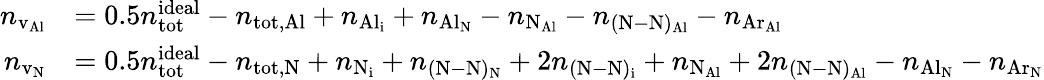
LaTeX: \begin{array}{rl}{n_{\mathrm{v_{Al}}}}&{=0.5n_{\mathrm{tot}}^{\mathrm{ideal}}-n_{\mathrm{tot,Al}}+n_{\mathrm{Al_{i}}}+n_{\mathrm{Al_{N}}}-n_{\mathrm{N_{Al}}}-n_{\mathrm{(N-N)_{Al}}}-n_{\mathrm{Ar_{Al}}}}\\ {n_{\mathrm{v_{N}}}}&{=0.5n_{\mathrm{tot}}^{\mathrm{ideal}}-n_{\mathrm{tot,N}}+n_{\mathrm{N_{i}}}+n_{\mathrm{(N-N)_{N}}}+2n_{\mathrm{(N-N)_{i}}}+n_{\mathrm{N_{Al}}}+2n_{\mathrm{(N-N)_{Al}}}-n_{\mathrm{Al_{N}}}-n_{\mathrm{Ar_{N}}}}\end{array}